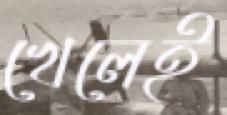
খেলেই